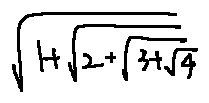
\sqrt { 1 + \sqrt { 2 + \sqrt { 3 + \sqrt { 4 } } } }